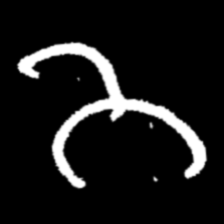
Pyu character \u2014 Myanmar letter: ဘ (romanized: bha)